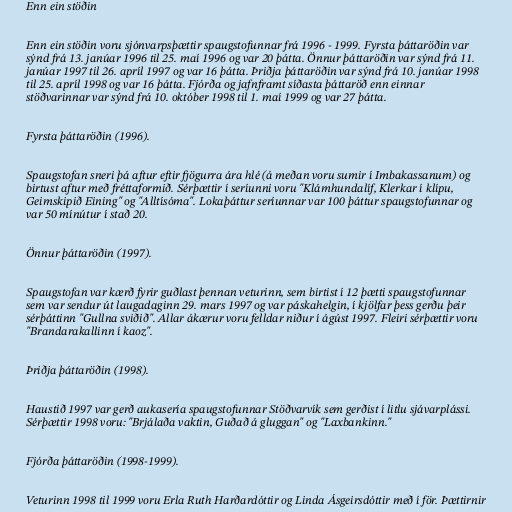
Enn ein stöðin

Enn ein stöðin voru sjónvarpsþættir spaugstofunnar frá 1996 - 1999. Fyrsta þáttaröðin var
sýnd frá 13. janúar 1996 til 25. maí 1996 og var 20 þátta. Önnur þáttaröðin var sýnd frá 11.
janúar 1997 til 26. apríl 1997 og var 16 þátta. Þriðja þáttaröðin var sýnd frá 10. janúar 1998
til 25. apríl 1998 og var 16 þátta. Fjórða og jafnframt síðasta þáttaröð enn einnar
stöðvarinnar var sýnd frá 10. október 1998 til 1. maí 1999 og var 27 þátta.

Fyrsta þáttaröðin (1996).

Spaugstofan sneri þá aftur eftir fjögurra ára hlé (á meðan voru sumir í Imbakassanum) og
birtust aftur með fréttaformið. Sérþættir í seríunni voru "Klámhundalíf, Klerkar í klípu,
Geimskipið Eining" og "Alltísóma". Lokaþáttur seríunnar var 100 þáttur spaugstofunnar og
var 50 mínútur í stað 20.

Önnur þáttaröðin (1997).

Spaugstofan var kærð fyrir guðlast þennan veturinn, sem birtist í 12 þætti spaugstofunnar
sem var sendur út laugadaginn 29. mars 1997 og var páskahelgin, í kjölfar þess gerðu þeir
sérþáttinn "Gullna sviðið". Allar ákærur voru felldar niður í ágúst 1997. Fleiri sérþættir voru
"Brandarakallinn í kaoz".

Þriðja þáttaröðin (1998).

Haustið 1997 var gerð aukasería spaugstofunnar Stöðvarvík sem gerðist í litlu sjávarplássi.
Sérþættir 1998 voru: "Brjálaða vaktin, Guðað á gluggan" og "Laxbankinn."

Fjórða þáttaröðin (1998-1999).

Veturinn 1998 til 1999 voru Erla Ruth Harðardóttir og Linda Ásgeirsdóttir með í för. Þættirnir